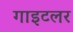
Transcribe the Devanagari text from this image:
गाइटलर